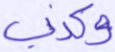
وكذب